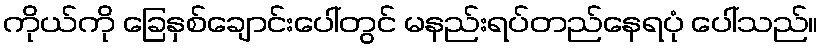
ကိုယ်ကို ခြေနှစ်ချောင်းပေါ်တွင် မနည်းရပ်တည်နေရပုံ ပေါ်သည်။